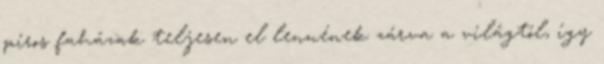
piros faházak teljesen el lennének zárva a világtól, így